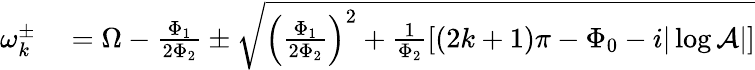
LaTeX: \begin{array}{rl}{\omega_{k}^{\pm}}&{{}=\Omega-\frac{\Phi_{1}}{2\Phi_{2}}\pm\sqrt{\left(\frac{\Phi_{1}}{2\Phi_{2}}\right)^{2}+\frac{1}{\Phi_{2}}\left[(2k+1)\pi-\Phi_{0}-i|\log\mathcal{A}|\right]}}\end{array}